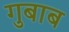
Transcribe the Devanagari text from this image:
गुबाब